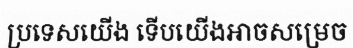
ប្រទេសយើង ទើបយើងអាចសម្រេច